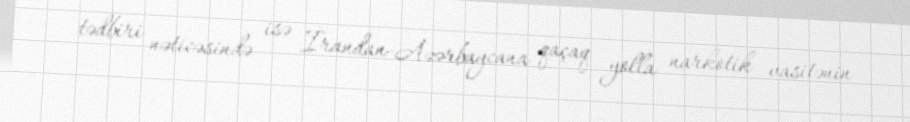
tədbiri nəticəsində isə İrandan-Azərbaycana qaçaq yolla narkotik vasitənin